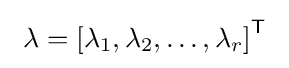
~\lambda =\left[\lambda _{1},\lambda _{2},\ldots ,\lambda _{r}\right]^{\mathsf {T}}~